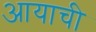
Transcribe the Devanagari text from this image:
आयाची